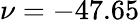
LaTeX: \nu=-47.65